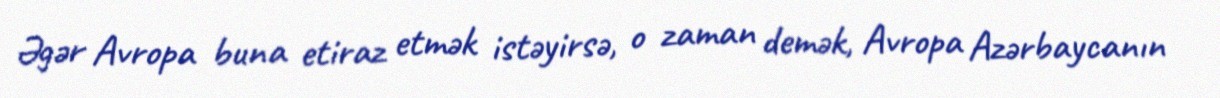
Əgər Avropa buna etiraz etmək istəyirsə, o zaman demək, Avropa Azərbaycanın